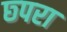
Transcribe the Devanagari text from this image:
छ्परा